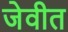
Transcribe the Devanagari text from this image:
जेवीत